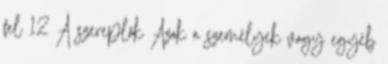
fel 12 A szereplők Azok a személyek vagy egyéb